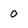
Character: 0